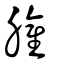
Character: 䑏